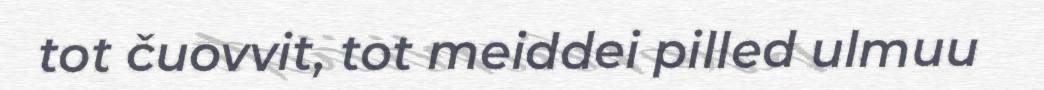
tot čuovvit, tot meiddei pilled ulmuu